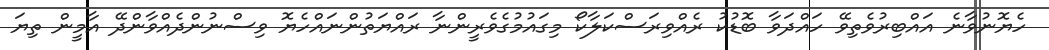
ހެޔޮނުވާނެ އައްބިރުވެތިވޭ ހައްދަވާ ބޮޑުކު ރެއްވިރަސްކަލާކޯ މިގައުމުގެވެރީންނާ ރައްޔަތުންނައްހެޔޮ ވިސްނުންދެއްވާންދޭ އާމީން ތިޔަ